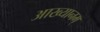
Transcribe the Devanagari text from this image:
आख्यानम्